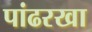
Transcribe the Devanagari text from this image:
पांढरखा